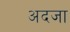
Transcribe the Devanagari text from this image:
अदजा